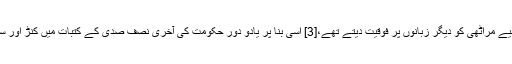
[2] یادو حکمران اپنی رعایا سے رابطے کے لیے مراٹھی کو دیگر زبانوں پر فوقیت دیتے تھے،[3] اسی بنا پر یادو دور حکومت کی آخری نصف صدی کے کتبات میں کنڑ اور سنسکرت کی بجائے مراٹھی غالب نظر آتی ہے۔